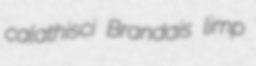
calathisci Brandais limp